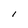
Character: l